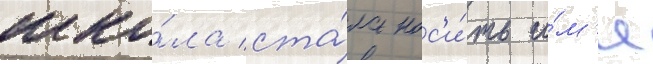
шко́ла ста́ла нос'и́ть и́м'я